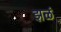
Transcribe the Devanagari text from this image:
झळं